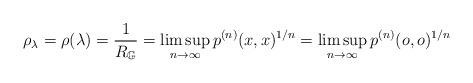
LaTeX: \begin{align*}\rho_\lambda=\rho(\lambda)=\frac{1}{R_\mathbb{G}}=\limsup_{n\to \infty} p^{(n)}(x,x)^{1/n}=\limsup_{n\to \infty} p^{(n)}(o,o)^{1/n}\end{align*}